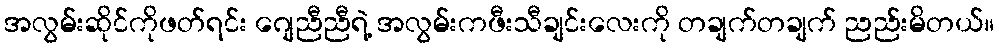
အလွမ်းဆိုင်ကိုဖတ်ရင်း ဂျေညီညီရဲ့ အလွမ်းကဖီးသီချင်းလေးကို တချက်တချက် ညည်းမိတယ်။